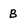
Character: B